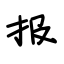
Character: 报